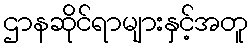
ဌာနဆိုင်ရာများနှင့်အတူ